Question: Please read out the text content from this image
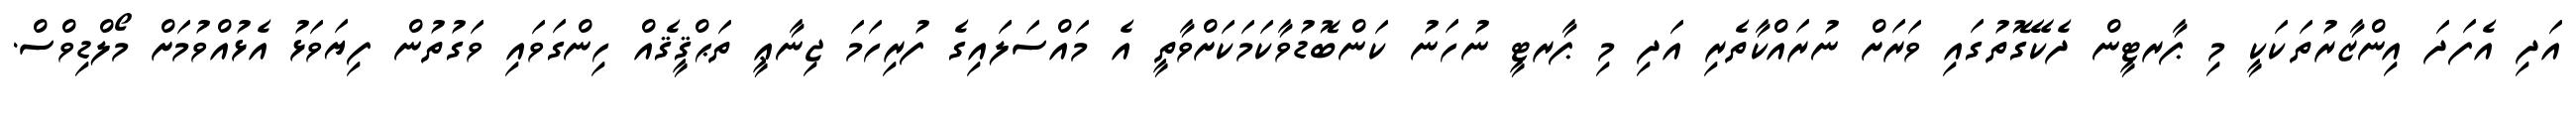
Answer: އަދި އެފަދަ އިންޒާރުތަކަކީ މި ޕާރޓީން ދެކޭގޮތުގައި ވަރަށް ނުރައްކާތެރި އަދި މި ޕާރޓީ ނުހަނު ކަންބޮޑުވާކަމަކަށްވާތީ އެ މައްސަލައިގެ ފުރިހަމަ ޖިނާޢީ ތަޙްޤީޤެއް ހިންގަވައި ވަގުތުން ފިޔަވަޅު އެޅުއްވުމަށް މޯލްޑިވްސް.